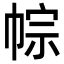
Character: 𢃏